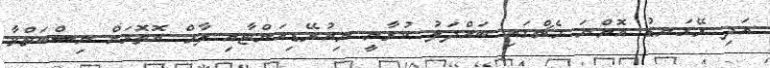
އަދި ރޭގަނޑު އޮންނަ މެޗްގައި ބައްދަލު ކުރާނީ ނިއުރޭޑިއަންޓާއި ލާމް އަޮތޮޅަށް ނިސްބަތްވާ